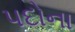
પદોના